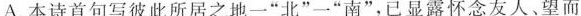
A.本诗首句写彼此所居之地一“北”一“南”，已显露怀念友人、望而